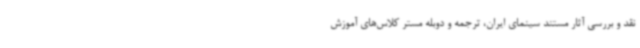
نقد و بررسی آثار مستند سینمای ایران، ترجمه و دوبله مستر کلاس‌های آموزش